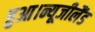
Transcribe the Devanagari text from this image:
हुआ।न्यूजीलैंड